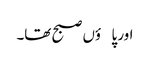
اور پاؤں صبح تھا۔